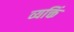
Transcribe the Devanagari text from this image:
व्यक्तिं